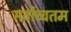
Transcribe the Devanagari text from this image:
सर्वोच्चतम